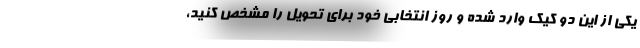
یکی از این دو کیک وارد شده و روز انتخابی خود برای تحویل را مشخص کنید،